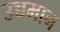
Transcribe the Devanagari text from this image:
उच्चमान